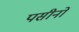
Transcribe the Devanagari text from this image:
पसीनो